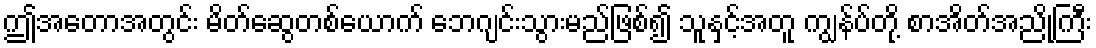
ဤအတောအတွင်း မိတ်ဆွေတစ်ယောက် ဘေဂျင်းသွားမည်ဖြစ်၍ သူနှင့်အတူ ကျွန်ပ်တို့ စာအိတ်အညိုကြီး